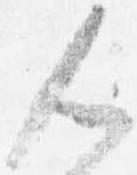
人